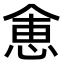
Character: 𬾽